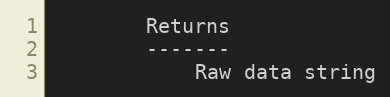
Language: Python
        Returns
        -------
            Raw data string